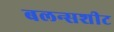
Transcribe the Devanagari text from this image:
बलन्सशीट